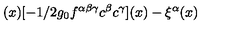
( x ) [ - 1 / 2 g _ { 0 } f ^ { \alpha \beta \gamma } c ^ { \beta } c ^ { \gamma } ] ( x ) - \xi ^ { \alpha } ( x )